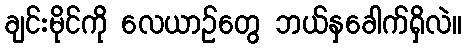
ချင်းမိုင်ကို လေယာဉ်တွေ ဘယ်နှခေါက်ရှိလဲ။